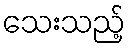
သေးသည့်